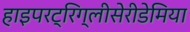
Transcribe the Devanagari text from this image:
हाइपरट्रिग्लीसेरीडेमिया